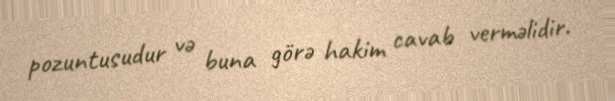
pozuntusudur və buna görə hakim cavab verməlidir.